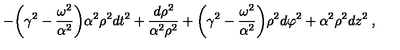
- { \biggl ( } \gamma ^ { 2 } - \frac { \omega ^ { 2 } } { \alpha ^ { 2 } } { \biggr ) } \alpha ^ { 2 } \rho ^ { 2 } d t ^ { 2 } + \frac { d \rho ^ { 2 } } { \alpha ^ { 2 } \rho ^ { 2 } } + { \biggl ( } \gamma ^ { 2 } - \frac { \omega ^ { 2 } } { \alpha ^ { 2 } } { \biggr ) } \rho ^ { 2 } d \varphi ^ { 2 } + \alpha ^ { 2 } \rho ^ { 2 } d z ^ { 2 } \: ,